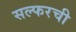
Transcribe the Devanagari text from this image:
सल्फरची